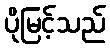
ပိုမြင့်သည်